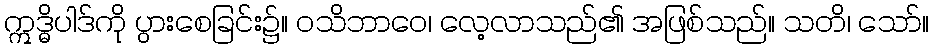
ဣဒ္ဓိပါဒ်ကို ပွားစေခြင်း၌။ ဝသိဘာဝေ၊ လေ့လာသည်၏ အဖြစ်သည်။ သတိ၊ သော်။